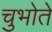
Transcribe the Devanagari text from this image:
चुभोते